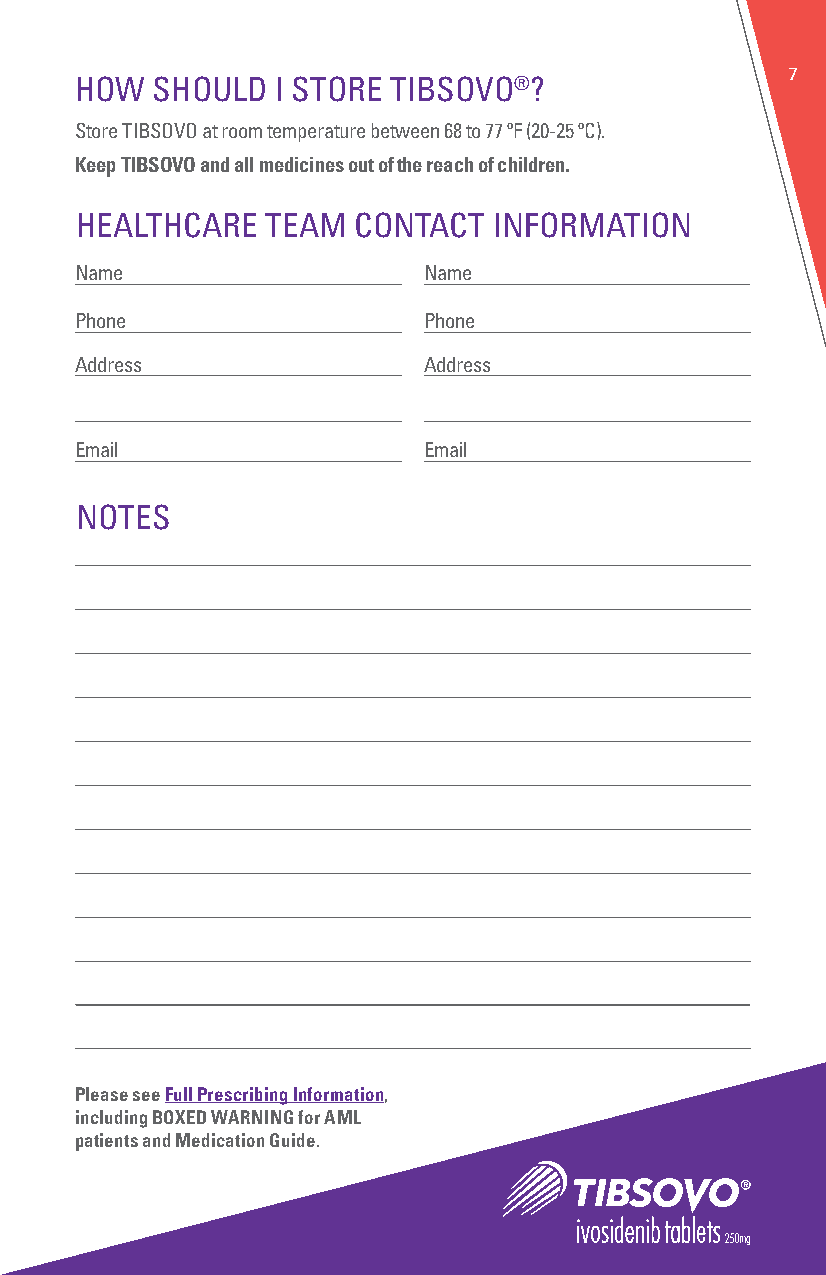
7
 HOW  SHOULD  I STORE TIBSOVO®?
 Store TIBSOVO at room temperature between 68 to 77 ºF (20-25 ºC).
 Keep TIBSOVO and all medicines out of the reach of children.
 HEALTHCARE   TEAM CONTACT   INFORMATION
 Name                   Name
 Phone                  Phone
 Address                Address
 Email                  Email
 NOTES
 Please see Full Prescribing Information,
 including BOXED WARNING for AML
 patients and Medication Guide.